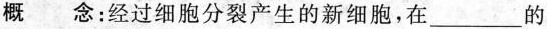
概 念；经过细胞分裂产生的新细胞，在___的